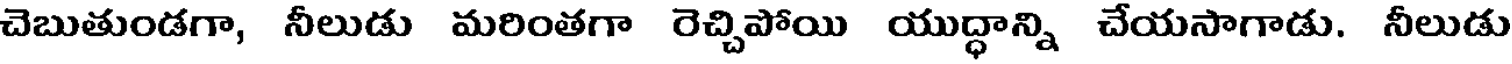
చెబుతుండగా, నీలుడు మరింతగా రెచ్చిపోయి యుద్ధాన్ని చేయసాగాడు. నీలుడు